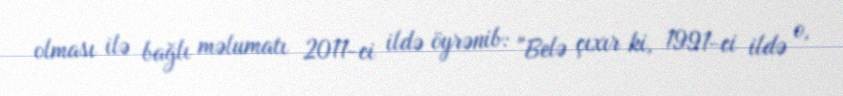
olması ilə bağlı məlumatı 2011-ci ildə öyrənib: "Belə çıxır ki, 1991-ci ildə o,